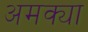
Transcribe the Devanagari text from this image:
अमक्या